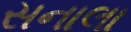
સનાલા